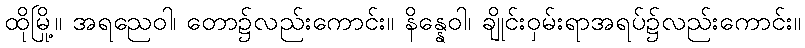
ထိုမြို့။ အရညေဝါ၊ တော၌လည်းကောင်း။ နိန္နေဝါ၊ ချိုင်းဝှမ်းရာအရပ်၌လည်းကောင်း။